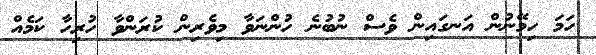
ހަމަ ހިމޭނުން އަނގައިން ވެސް ނުބުނެ ހުންނަވާ މިވެރިން ކުރަންވާ ހުރިހާ ކަމެއް